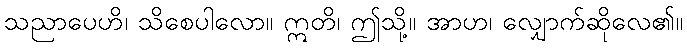
သညာပေဟိ၊ သိစေပါလော။ ဣတိ၊ ဤသို့။ အာဟ၊ လျှောက်ဆိုလေ၏။